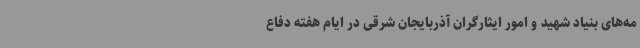
مه‌های بنیاد شهید و امور ایثارگران آذربایجان شرقی در ایام هفته دفاع